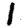
Digit: 1